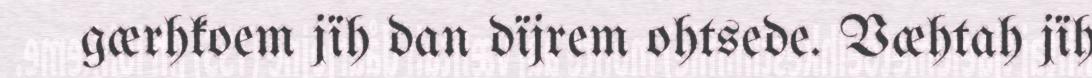
gærhkoem jïh dan dïjrem ohtsede. Væhtah jïh